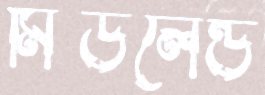
মিডলেন্ড